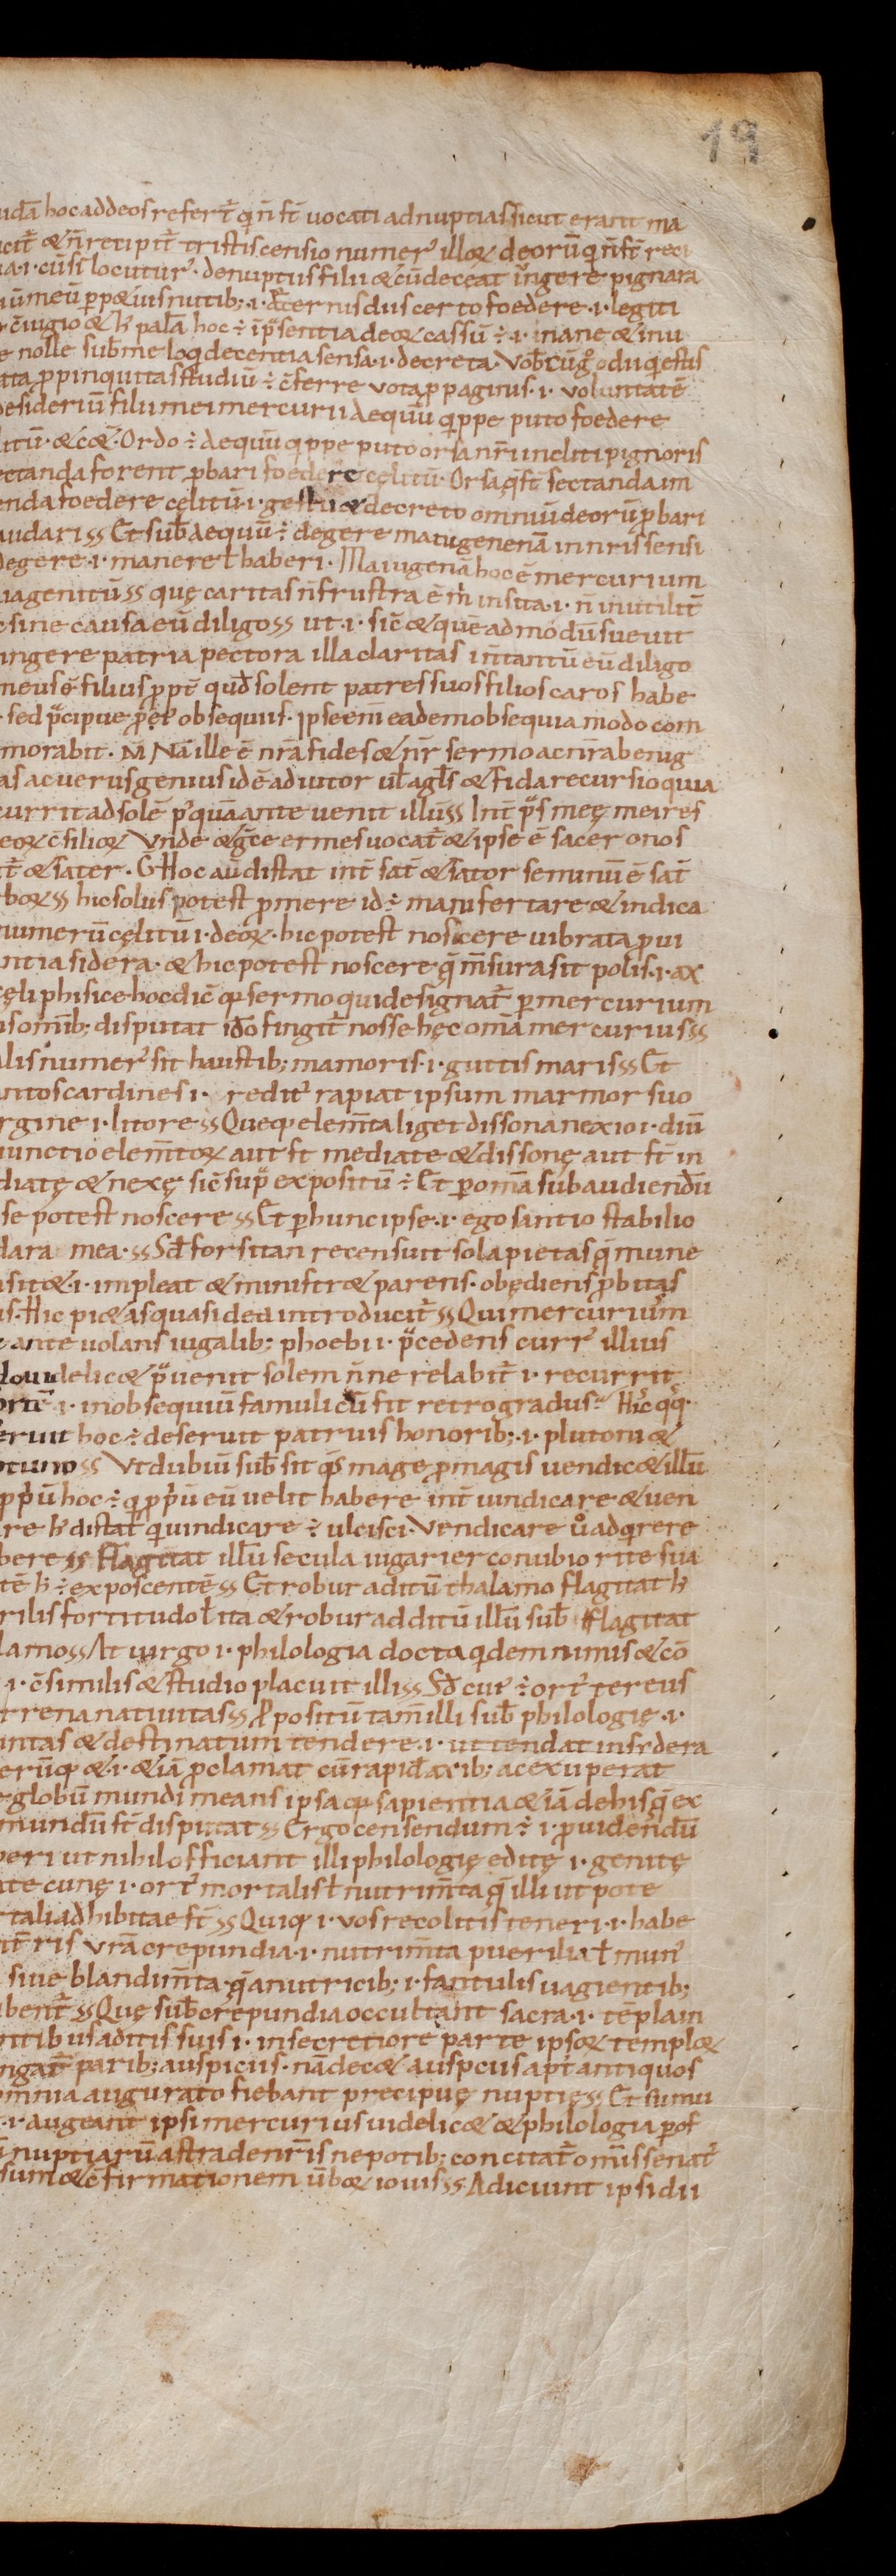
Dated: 1000–1099